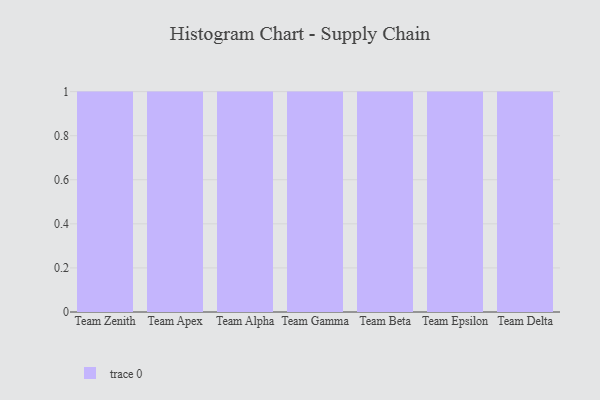
{"axis": {"x": "Team", "y": "Satisfaction Score"}, "legend": [""], "data": [{"x": "Team Zenith", "y": 46, "type": ""}, {"x": "Team Apex", "y": 24, "type": ""}, {"x": "Team Alpha", "y": 7, "type": ""}, {"x": "Team Gamma", "y": 98, "type": ""}, {"x": "Team Beta", "y": 48, "type": ""}, {"x": "Team Epsilon", "y": 9, "type": ""}, {"x": "Team Delta", "y": 28, "type": ""}]}